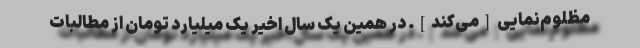
مظلوم‌نمایی [می‌کند]. در همین یک سال اخیر یک میلیارد تومان از مطالبات